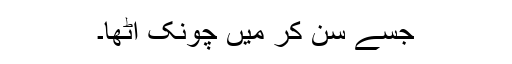
جسے سن کر میں چونک اُٹھا۔